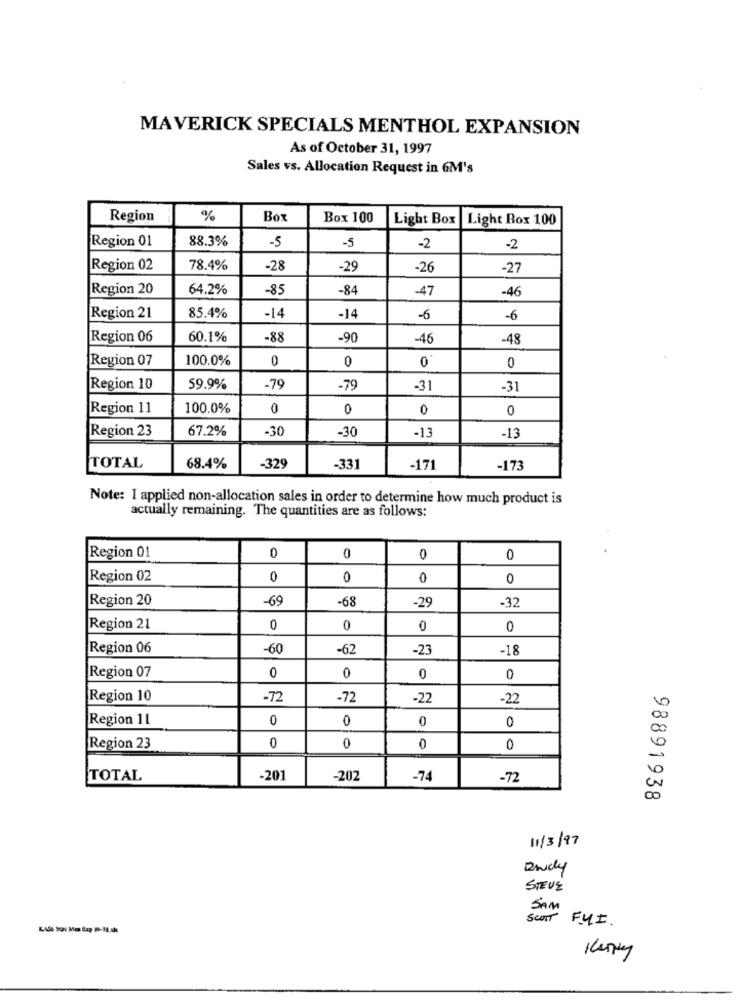
MAVERICK SPECIALS MENTHOL EXPANSION
As of October 31, 1997
Sales vs. Allocation Request in 6M's
Region
%
Box
Box 100
Light Box
Light Box 100
Region 01
88.3%
-5
-5
-2
-2
Region 02
78.4%
-28
-29
-26
-27
Region 20
64.2%
-85
-84
-47
-46
Region 21
85.4%
-14
-14
-6
-6
Region 06
60.1%
-88
-90
-46
-48
Region 07
100.0%
0
0
0
0
Region 10
59.9%
-79
-79
-31
-31
Region 11
100.0%
0
0
0
0
Region 23
67.2%
-30
-30
-13
-13
TOTAL
68.4%
-329
-331
-171
-173
Note: I applied non-allocation sales in order to determine how much product is
actually remaining. The quantities are as follows:
Region 01
0
0
0
0
Region 02
0
0
0
0
Region 20
-69
-68
-29
-32
Region 21
0
0
0
0
Region 06
-60
-62
-23
-18
Region 07
0
0
0
0
Region 10
-72
-72
-22
-22
Region 11
0
0
0
0
Region 23
0
0
0
0
TOTAL
-201
-202
-74
-72
98891938
11/3/97
Rady
STEVE
SAM
SCOTT
FYI